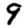
Digit: 9